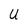
Character: U